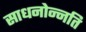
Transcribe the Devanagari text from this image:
साधनोन्नति